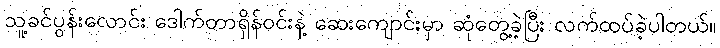
သူ့ခင်ပွန်းလောင်း ဒေါက်တာရှိန်ဝင်းနဲ့ ဆေးကျောင်းမှာ ဆုံတွေ့ခဲ့ပြီး လက်ထပ်ခဲ့ပါတယ်။